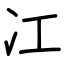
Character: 冮